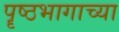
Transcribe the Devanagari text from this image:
पॄष्ठभागाच्या